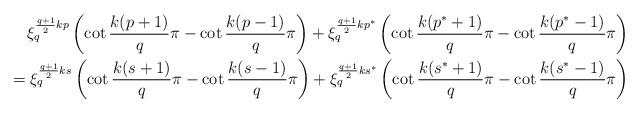
LaTeX: \begin{align*}\xi_q^{\frac{q+1}2kp}\left(\cot\frac{k(p+1)}{q}\pi-\cot\frac{k(p-1)}{q}\pi\right)+\xi_q^{\frac{q+1}2kp^*}\left(\cot\frac{k(p^*+1)}{q}\pi-\cot\frac{k(p^*-1)}{q}\pi\right)\\= \xi_q^{\frac{q+1}2ks}\left(\cot\frac{k(s+1)}{q}\pi-\cot\frac{k(s-1)}{q}\pi\right)+\xi_q^{\frac{q+1}2ks^*}\left(\cot\frac{k(s^*+1)}{q}\pi-\cot\frac{k(s^*-1)}{q}\pi\right)\end{align*}